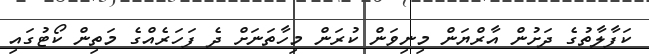
ކަފާލާތުގެ ދަށުން އާރްޔަން މިނިވަން ކުރަން މިހާތަނަށް ދެ ފަހަރެއްގެ މަތިން ކޯޓުގައި